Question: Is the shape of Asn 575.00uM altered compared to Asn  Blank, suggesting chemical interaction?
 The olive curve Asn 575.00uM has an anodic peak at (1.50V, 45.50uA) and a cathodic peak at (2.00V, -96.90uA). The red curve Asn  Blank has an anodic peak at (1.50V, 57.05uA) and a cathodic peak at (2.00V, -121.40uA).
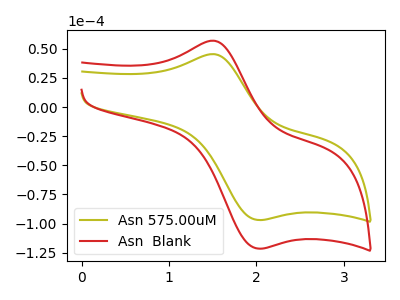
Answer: <think>All the peaks in "Asn 575.00uM" have a peak in "Asn  Blank" at the same potential. Every peak in "Asn 575.00uM" is lower than every peak in "Asn  Blank".
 </think>
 <answer>No, "Asn 575.00uM" and "Asn  Blank" don't appear to be significantly different in shape</answer>
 <eval>no_change</eval>